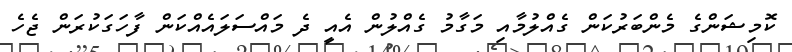
ކޮމިޝަންގެ މެންބަރުކަން ގެއްލުމާއި މަގާމު ގެއްލުން އެއީ ދެ މައްސަލައެއްކަން ފާހަގަކުރަން ޖެހެ